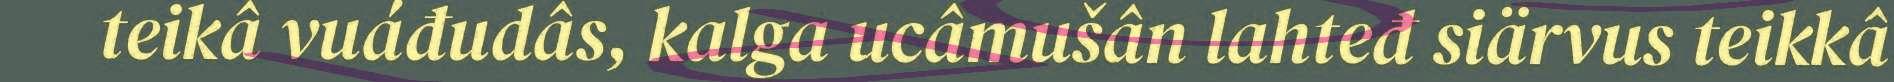
teikâ vuáđudâs, kalga ucâmušân lahteđ siärvus teikkâ